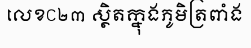
លេខC២៣ ស្ថិតក្នុងភូមិត្រពាំង